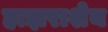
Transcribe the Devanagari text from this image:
हाझराशेय